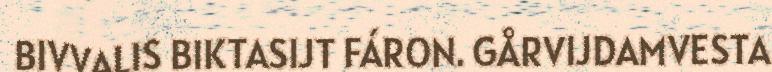
BIVVALIS BIKTASIJT FÁRON. GÅRVIJDAMVESTA